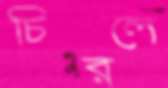
চিরলে